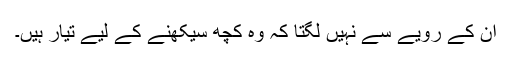
ان کے رویے سے نہیں لگتا کہ وہ کچھ سیکھنے کے لیے تیار ہیں۔